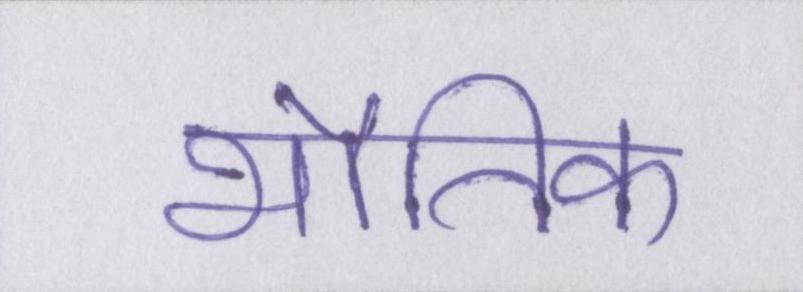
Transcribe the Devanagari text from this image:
भौतिक